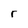
Character: r